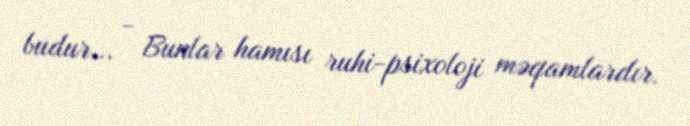
budur... - Bunlar hamısı ruhi-psixoloji məqamlardır.